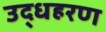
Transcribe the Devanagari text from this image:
उद्धहरण